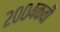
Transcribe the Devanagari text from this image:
२००४कवी